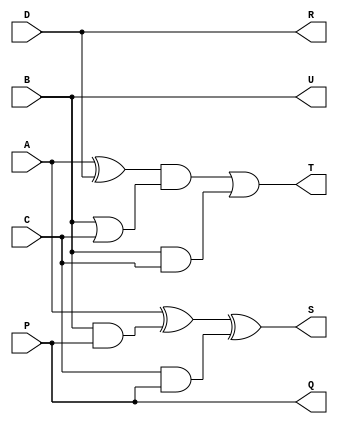
module cas (T, S, U, R, Q, D, P, B, A, C);

   input  D, P, B, A, C;
   
   output T, S, U, R, Q;

   wire   W;   
   
   xor x1 (W, A, D);
   and a1 (w1, B, P);
   and a2 (w2, C, P);
   xor x2 (S, A, w1, w2);
   or o1 (w3, B, C);
   and a3 (w4, B, C);
   and a4 (w5, W, w3);
   or o2 (T, w5, w4);
   buf b1(U, B);
   buf b2(Q, P);
   buf b3(R, D);

endmodule // cas